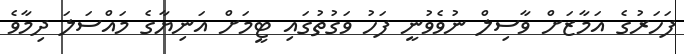
ފަހަރުގެ އަމާޒަށް ވާސިލް ނުވެވުނީ ފަހު ވަގުތުގައި ޓީމަށް އަނިޔާގެ މައްސަލަ ދިމާވެ